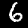
Digit: 6